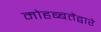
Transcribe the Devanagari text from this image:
मोहब्बतेंद्वारे